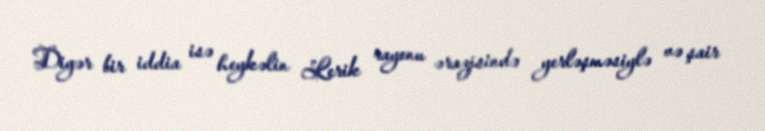
Digər bir iddia isə heykəlin Lerik rayonu ərazisində yerləşməsiylə və şair